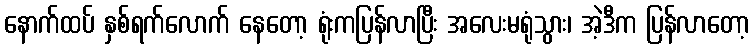
နောက်ထပ် နှစ်ရက်လောက် နေတော့ ရုံးကပြန်လာပြီး အလေးမရုံသွား၊ အဲ့ဒီက ပြန်လာတော့